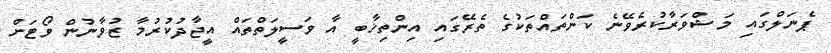
ޕެނަލްގައި މަޝްވަރާކުރެވޭނެ ކަންތައްތަކުގެ ތެރޭގައި އިންތިޚާބީ އާ ވަސީލަތްތައް އީޖާދުކުރުމާ ޒުވާނުން ވޯޓަށް